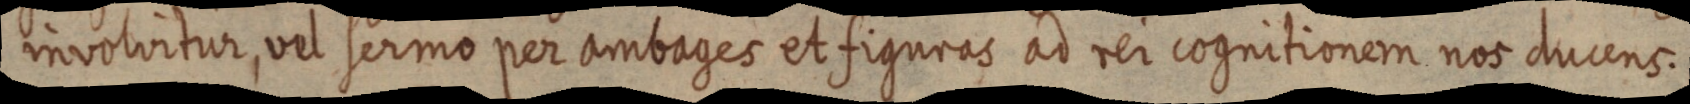
involvitur, vel sermo per ambages et figuras ad rei cognitionem not ducens.